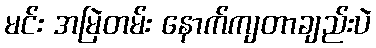
မင်း အမြဲတမ်း နောက်ကျတာချည်းပဲ